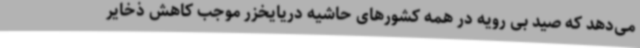
می‌دهد که صید بی رویه در همه کشورهای حاشیه دریایخزر موجب کاهش ذخایر